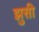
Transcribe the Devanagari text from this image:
झुसी